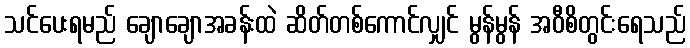
သင်ပေးရမည် ချောချောအခန်းထဲ ဆိတ်တစ်ကောင်လျှင် မွန်မွန် အဝီစိတွင်းရေသည်